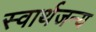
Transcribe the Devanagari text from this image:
स्वार्थजन्य